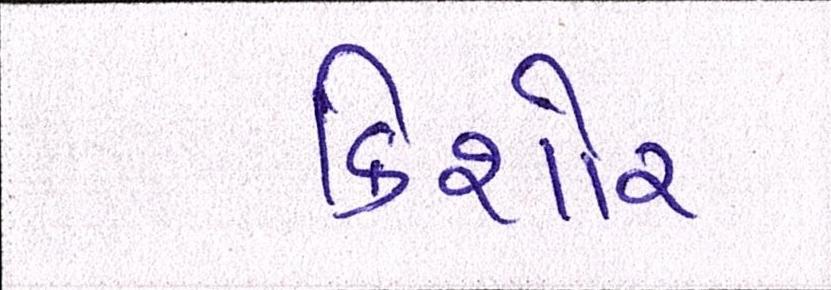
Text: કીશોર